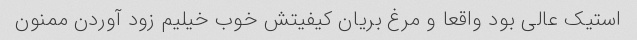
استیک عالی بود واقعا و مرغ بریان کیفیتش خوب خیلیم زود آوردن ممنون